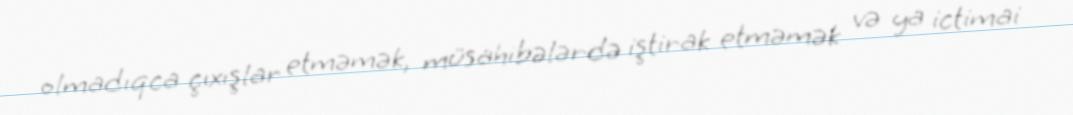
olmadıqca çıxışlar etməmək, müsahibələrdə iştirak etməmək və ya ictimai